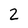
Character: 2